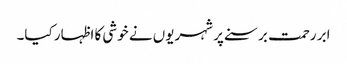
ابر رحمت برسنے پر شہریوں نے خوشی کا اظہار کیا۔